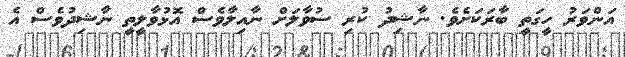
އަންވަރު ހީގަތީ ބާރަކަށެވެ. ނާޝިދު ކުރި ސުވާލަށް ނާއިލާވެސް އޮޅުވާލީތީ ނާޝިދުވެސް އެ